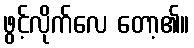
ဖွင့်လိုက်လေ တော့၏။